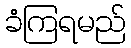
ခံကြရမည်